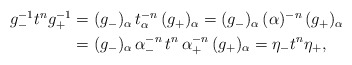
\begin{align*} \begin{aligned}g_-^{-1} t^n g_+^{-1}&=(g_-)_\alpha \, t^{-n}_\alpha \,(g_+)_\alpha=(g_-)_\alpha \,(\alpha)^{-n}\, (g_+)_\alpha\\ &=(g_-)_\alpha\,\alpha_-^{-n}\,t^n \,\alpha_+^{-n}\, (g_+)_\alpha = \eta_- t^n\eta_+,\end{aligned} \end{align*}